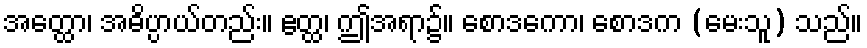
အတ္ထော၊ အဓိပ္ပာယ်တည်း။ ဧတ္ထ၊ ဤအရာ၌။ စောဒကော၊ စောဒက (မေးသူ) သည်။